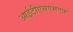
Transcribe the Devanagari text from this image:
आईटीएसएमएफ़